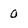
Character: 0